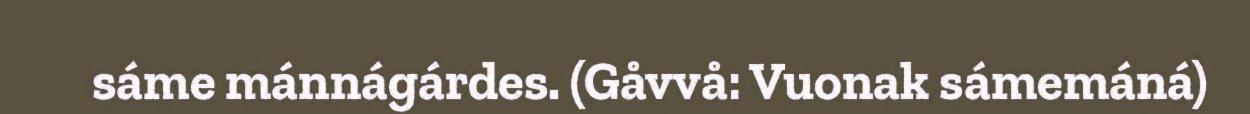
sáme mánnágárdes. (Gåvvå: Vuonak sámemáná)